Annual administration report of the Civil Veterinary Department of India - 1896-1897
Year: 1896
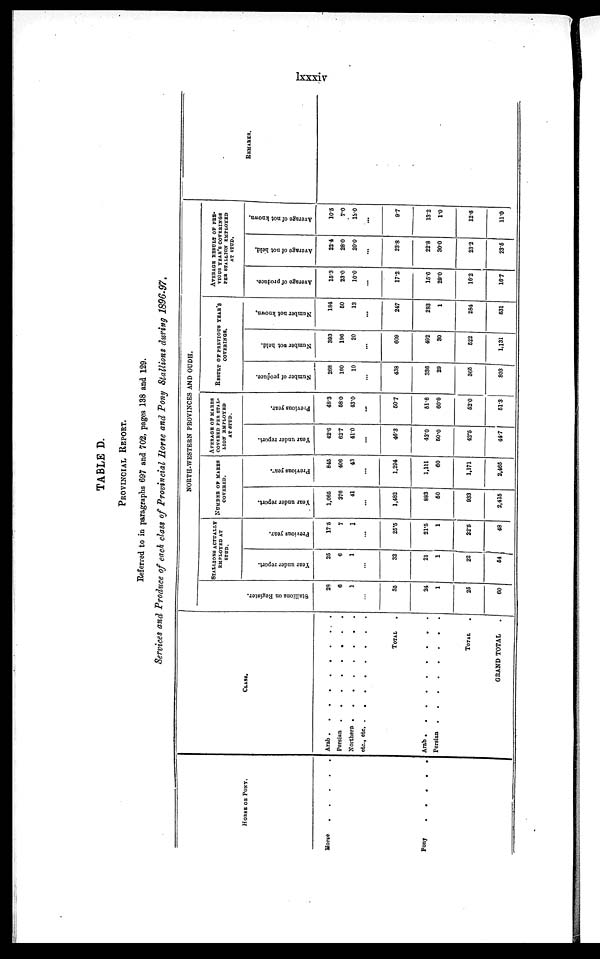
lxxxiv
TABLE D.
PROVINCIAL REPORT.
Referred to in paragraphs 697 and 702, pages 138 and 129.
Services and Produce of each class of Provincial Horse and Pony Stallions during 1896-97.
HORSE OF PONY.
Horse . . . . .
Pony . . . . .
CLASS.
Arab . . . . . . . . .
Persian
.
.
.
.
.
.
.
.
Northan . . . . . . .
etc., etc.
.
.
.
.
.
.
.
.
TOTAL .
Arab . . . . . . . . .
Persisn . . . . . . .
TOTAL .
GRAND TOTAL .
NORTH-WESTERN PROVINCES AND OUDH.
Stallions
on
Regi s t er.
28
6
1
...
35
24
1
25
60
STALLIONS ACTUALLY EMPLOYED AT STUD.
Year under report.
25
6
1
...
32
21
1
22
54
Previous year.
17 5
7
1
...
25.5
21.5
1
22.5
48
NUMBER OF MARRS
COVERED.
Year under report.
1,065
376
41
...
1,482
883
50
933
2,415
Previous year.
845
406
43
...
1,294
1,111
60
1,171
2,465
AVERAGE OF MARES COVERED PER STAL-
LION EMPLOYED
AT STUD.
Year under report.
42.6
62.7
41.0
...
46.3
43.0
50.0
42.5
44.7
Previous year.
48.3
68 0
43.0
...
50.7
51.6
60.0
52.0
51.3
RESULT OF PREVIOUS YEAR'S COVERINGS.
Number of produce.
268
160
10
...
438
336
29
365
803
Number not held.
393
196
20
...
609
492
30
622
1,131
Number not known.
184
50
13
...
247
283
1
284
531
AVERAGE RESULT OF PRE-
VIOUS YEAR'S COVERINGS
PER STALLION EMPLOYED
AT STUD.
Average of produce.
15.3
23.0
10.0
...
17.2
15.6
29.0
16.2
16.7
Average of not held.
22.4
28.0
20.0
...
23.8
22.8
30.0
23.2
23.5
Average of not known.
10.5
7.0
13.0
...
9.7
13.2
1.0
12.6
11.0
REMARKS.